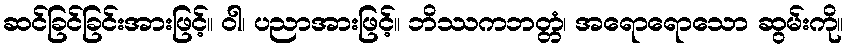
ဆင်ခြင်ခြင်းအားဖြင့်။ ဝါ၊ ပညာအားဖြင့်။ ဘိဿကဘတ္တံ၊ အရောရောသော ဆွမ်းကို။